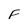
Character: F